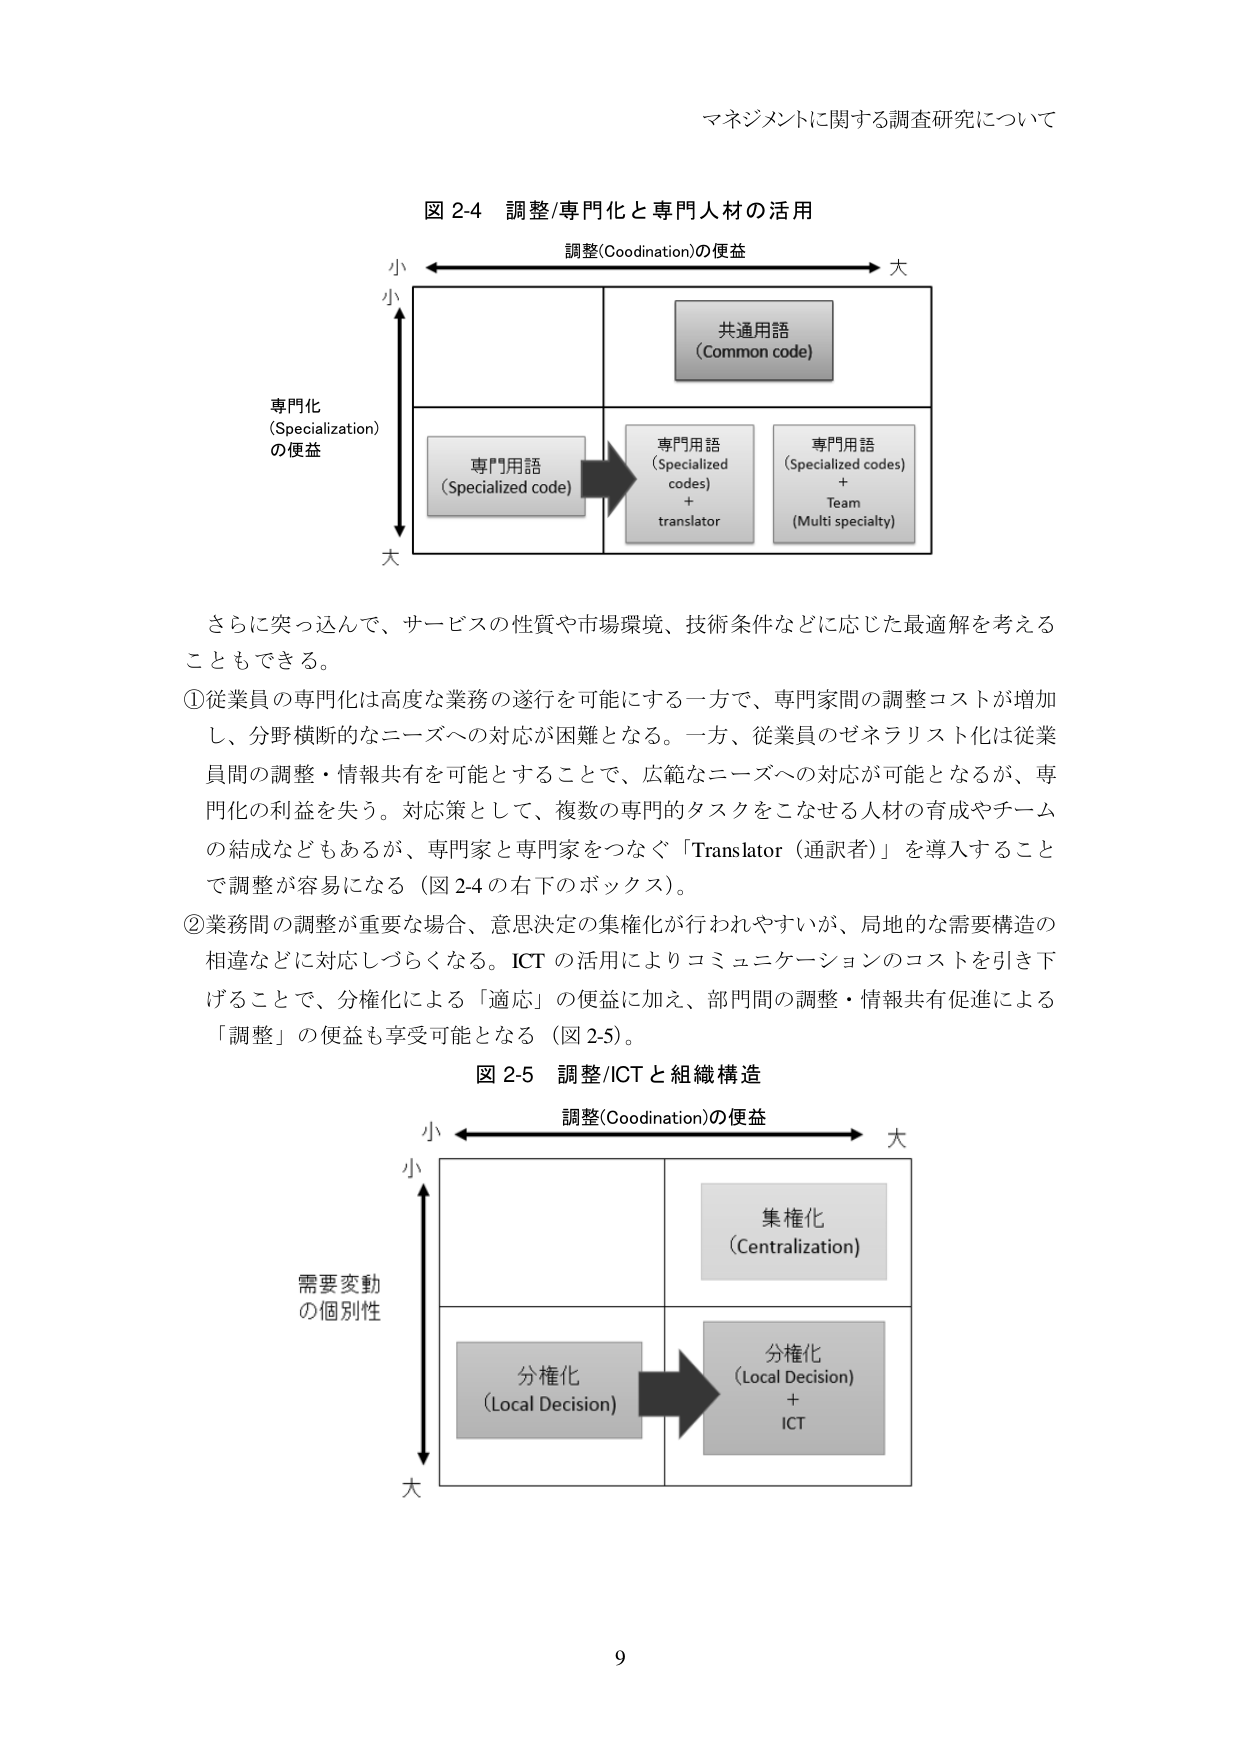
マネジメントに関する調査研究について

図 2-4 調整/専門化と専門人材の活用

調整(Coodination)の便益
小 ←→ 大

専門化
(Specialization)
の便益
小
↓
大

共通用語
(Common code)

専門用語
(Specialized code)

専門用語
(Specialized codes)
+ translator

専門用語
(Specialized codes)
+ Team
(Multi specialty)

さらに突っ込んで、サービスの性質や市場環境、技術条件などに応じた最適解を考えることもできる。

①従業員の専門化は高度な業務の遂行を可能にする一方で、専門家間の調整コストが増加し、分野横断的なニーズへの対応が困難となる。一方、従業員のゼネラリスト化は従業員間の調整・情報共有を可能とすることで、広範なニーズへの対応が可能となるが、専門化の利益を失う。対応策として、複数の専門的タスクをこなせる人材の育成やチームの結成などもあるが、専門家と専門家をつなぐ「Translator（通訳者）」を導入することで調整が容易になる（図 2-4 の右下のボックス）。

②業務間の調整が重要な場合、意思決定の集権化が行われやすいが、局地的な需要構造の相違などに対応しづらくなる。ICT の活用によりコミュニケーションのコストを引き下げることで、分権化による「適応」の便益に加え、部門間の調整・情報共有促進による「調整」の便益も享受可能となる（図 2-5）。

図 2-5 調整/ICT と組織構造

調整(Coodination)の便益
小 ←→ 大

需要変動
の個別性
小
↓
大

集権化
(Centralization)

分権化
(Local Decision)

分権化
(Local Decision)
+ ICT

9